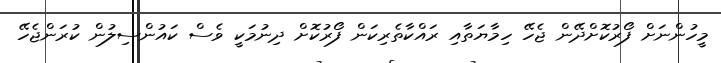
މީހުންނަށް ފޯރުކޮށްދޭން ޖެހޭ ހިމާޔަތާއި ރައްކާތެރިކަން ފޯރުކޮށް ދިނުމަކީ ވެސް ކައުންސިލުން ކުރަންޖެހޭ